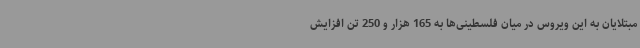
مبتلایان به این ویروس در میان فلسطینی‌ها به 165 هزار و 250 تن افزایش